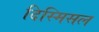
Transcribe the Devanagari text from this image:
दिस्मिसल